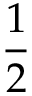
\frac { 1 } { 2 }